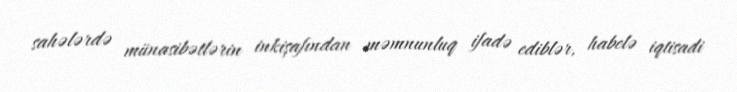
sahələrdə münasibətlərin inkişafından məmnunluq ifadə ediblər, habelə iqtisadi